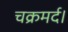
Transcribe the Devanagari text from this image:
चक्रमर्द।